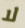
لا